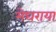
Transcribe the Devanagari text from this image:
मेघराया